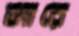
জারে